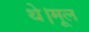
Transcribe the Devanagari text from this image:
थे।मूल